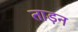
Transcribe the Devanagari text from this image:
ताड़न